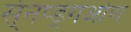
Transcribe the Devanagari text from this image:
स्ंनप्ड्रगओण